Leprosy in India: report of the Leprosy Commission in India, 1890-91
Year: 1890
Disease focus: Leprosy
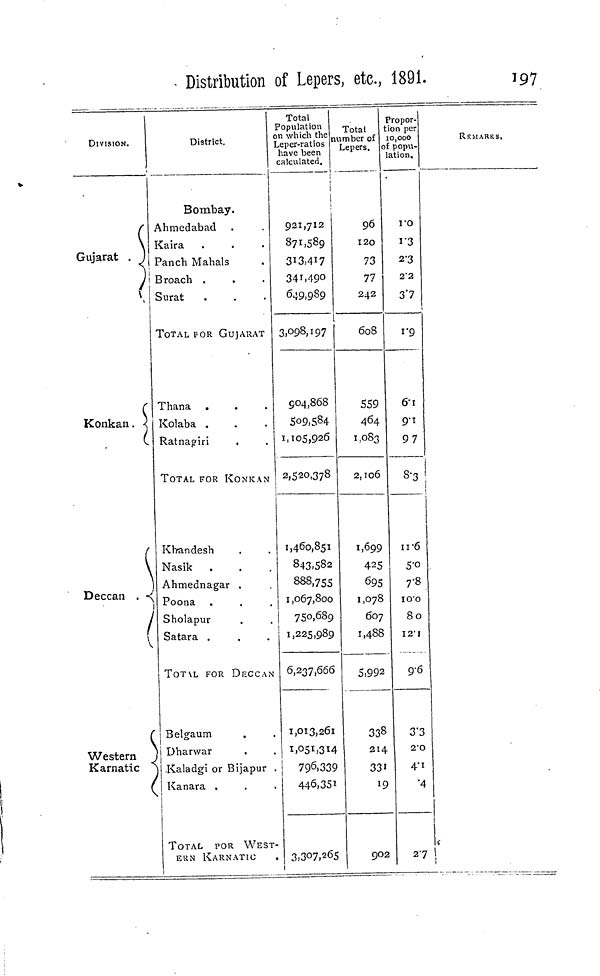
Distribution of Lepers, etc., 1891.
197
DIVISION.
(
\
Gujarat . J
V
)
(
Konkan. }
(
\
]
Deccan . -^1
/
f
Western j
Karnatic ^D
istrict.
1
-
-
•
-
-
-
|
Bombay.
Ahmedabad
Kaira
Panch Mahals
Broach .
Surat
TOTAL FOR GUJARAT
Thana
Kolaba .
Ratnaoiri
TOTAL FOR KONKAN
Khrandesh
Nasik
Ahmednagar .
Poona
Sholapur
Satara .
TOT\L FOR DECCAN
Belgaum
Dharwar
Kaladgi or Bijapur .
Kanara .
TOTAL
POR WEST-
EKN KARNATIC
Total
Population
on which the
Leper-ratios
have been
calculated.
i
1
921,712
871,589
3*3,4*7
341.490
649,989
3,098,197
904,868
509,584
ii 105,926
2,520,378
1,460,851
843.S82
888,755
1,067,800
750,689
1,225,989
6,237,666
1,013,261
1,051,314
796,339
446,351
3,307,265
i
Total
number of
Lepers.
96
120
73
77
242
608
559
464
1,083
2,106
1,699
425
695
1,078
607
1,488
5,992
338
214
33i
19
902
Propor-
tion per
10,000
af popu-
lation.
ro
i-3
2-3
2-2
3"7
1 -9
6-i
9-1
97
8-3
n-6
5'0
7-8
IO'O
80
12 - 1
9-6
3'3
2-O
4" 1
•4
27
REMARKS,
1